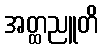
အတ္ထညူတိ